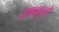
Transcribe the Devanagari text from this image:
दशकाहूनही